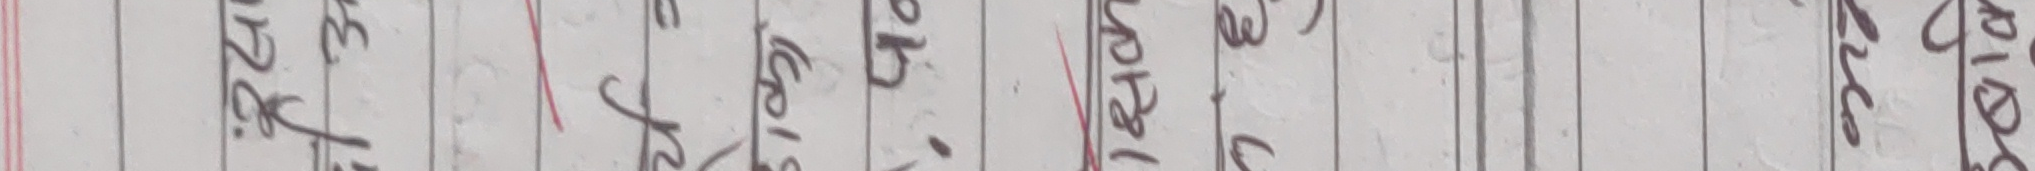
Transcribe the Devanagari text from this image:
२. य
जस
कासो
किम
न१२५
न११३
अ२१०